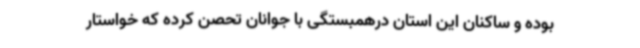
بوده و ساکنان این استان درهمبستگی با جوانان تحصن‌ کرده که خواستار